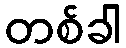
တစ်ခါ